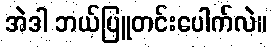
အဲဒါ ဘယ်ပြူတင်းပေါက်လဲ။